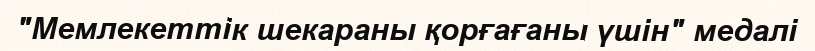
"Мемлекеттік шекараны қорғағаны үшін" медалі